Annual administration report of the Civil Veterinary Department of India - 1896-1897
Year: 1896
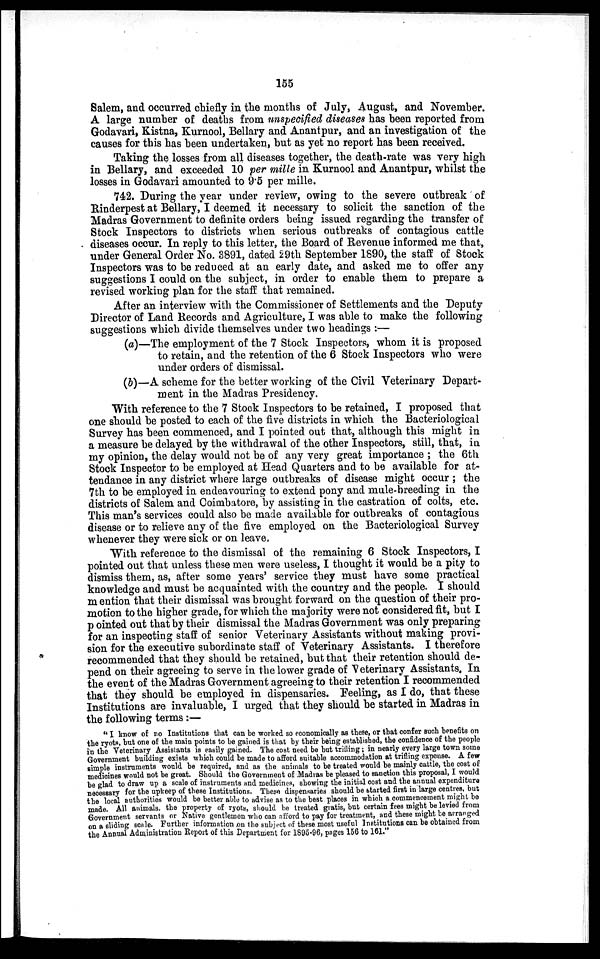
155
Salem, and occurred chiefly in the months of July, August, and November.
A large number of deaths from unspecified diseases has been reported from
Godavari, Kistna, Kurnool, Bellary and Anantpur, and an investigation of the
causes for this has been undertaken, but as yet no report has been received.
Taking the losses from all diseases together, the death-rate was very high
in Bellary, and exceeded 10 per mille in Kurnool and Anantpur, whilst the
losses in Godavari amounted to 9.5 per mille.
742. During the year under review, owing to the severe outbreak of
Rinderpest at Bellary, I deemed it necessary to solicit the sanction of the
Madras Government to definite orders being issued regarding the transfer of
Stock Inspectors to districts when serious outbreaks of contagious cattle
diseases occur. In reply to this letter, the Board of Revenue informed me that,
under General Order No. 3891, dated 29th September 1890, the staff of Stock
Inspectors was to be reduced at an early date, and asked me to offer any
suggestions I could on the subject, in order to enable them to prepare a
revised working plan for the staff that remained.
After an interview with the Commissioner of Settlements and the Deputy
Director of Land Records and Agriculture, I was able to make the following
suggestions which divide themselves under two headings:—
(a)—The employment of the 7 Stock Inspectors, whom it is proposed
to retain, and the retention of the 6 Stock Inspectors who were
under orders of dismissal.
(b)—A scheme for the better working of the Civil Veterinary Depart-
ment in the Madras Presidency.
With reference to the 7 Stock Inspectors to be retained, I proposed that
one should be posted to each of the five districts in which the Bacteriological
Survey has been commenced, and I pointed out that, although this might in
a measure be delayed by the withdrawal of the other Inspectors, still, that, in
my opinion, the delay would not be of any very great importance; the 6th
Stock Inspector to be employed at Head Quarters and to be available for at-
tendance in any district where large outbreaks of disease might occur; the
7th to be employed in endeavouring to extend pony and mule-breeding in the
districts of Salem and Coimbatore, by assisting in the castration of colts, etc.
This man's services could also be made available for outbreaks of contagious
disease or to relieve any of the five employed on the Bacteriological Survey
whenever they were sick or on leave.
With reference to the dismissal of the remaining 6 Stock Inspectors, I
pointed out that unless these men were useless, I thought it would be a pity to
dismiss them, as, after some years' service they must have some practical
knowledge and must be acquainted with the country and the people. I should
mention that their dismissal was brought forward on the question of their pro-
motion to the higher grade, for which the majority were not considered fit, but I
pointed out that by their dismissal the Madras Government was only preparing
for an inspecting staff of senior Veterinary Assistants without making provi-
sion for the executive subordinate staff of Veterinary Assistants. I therefore
recommended that they should be retained, but that their retention should de-
pend on their agreeing to serve in the lower grade of Veterinary Assistants. In
the event of the Madras Government agreeing to their retention I recommended
that they should be employed in dispensaries. Feeling, as I do, that these
Institutions are invaluable, I urged that they should be started in Madras in
the following terms:—
"I know of no Institutions that can be worked so economically as these, or that confer such benefits on
the ryots, but one of the main points to be gained is that by their being established, the confidence of the people
in the Veterinary Assistants is easily gained. The cost need be but trifling ; in nearly every large town some
Government building exists which could be made to afford suitable accommodation at trifling expense. A few
simple instruments would be required, and as the animals to be treated would be mainly cattle, the cost of
medicines would not be great. Should the Government of Madras be pleased to sanction this proposal, I would
be glad to draw up a scale of instruments and medicines, showing the initial cost and the annual expenditure
necessary for the upkeep of these Institutions. These dispensaries should be started first in large centres, but
the local authorities would be better able to advise as to the best places in which a commencement might be
made. All animals, the property of ryots, should be treated gratis, but certain fees might be levied from
Government servants or Native gentlemen who can afford to pay for treatment, and these might be arranged
on a sliding scale. Further information on the subject of these most useful Institutions can be obtained from
the Annual Administration Report of this Department for 1895-96, pages 156 to 161."